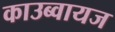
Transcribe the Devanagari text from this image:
काउब्वायज